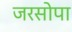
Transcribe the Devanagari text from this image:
जरसोपा